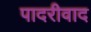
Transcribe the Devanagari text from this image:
पादरीवाद